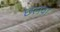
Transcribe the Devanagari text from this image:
छलवा